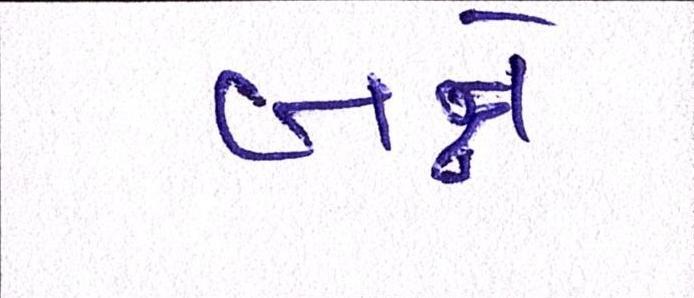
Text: બન્ને